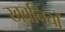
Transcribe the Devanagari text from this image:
खुबनियों